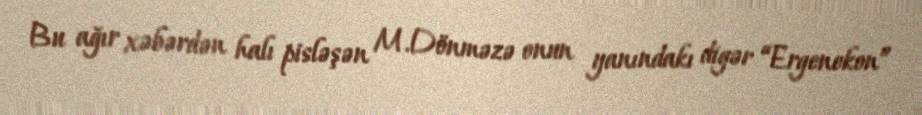
Bu ağır xəbərdən halı pisləşən M.Dönməzə onun yanındakı digər “Ergenekon”